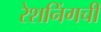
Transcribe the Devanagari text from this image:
रेशनिंगची